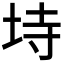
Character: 𭎒